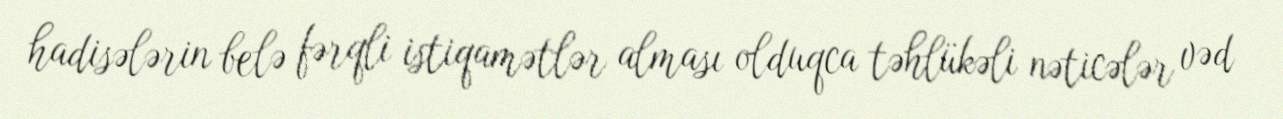
hadisələrin belə fərqli istiqamətlər alması olduqca təhlükəli nəticələr vəd